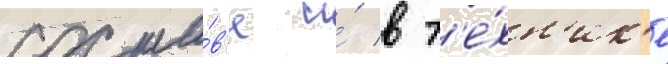
соста́в'е и́ в т'е́хн'ик'е